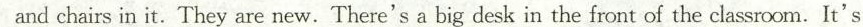
and chairs in it. They are new.There's a big desk in the front of the classroom.It's